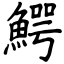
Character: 鰐